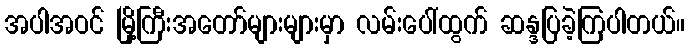
အပါအဝင် မြို့ကြီးအတော်များများမှာ လမ်းပေါ်ထွက် ဆန္ဒပြခဲ့ကြပါတယ်။